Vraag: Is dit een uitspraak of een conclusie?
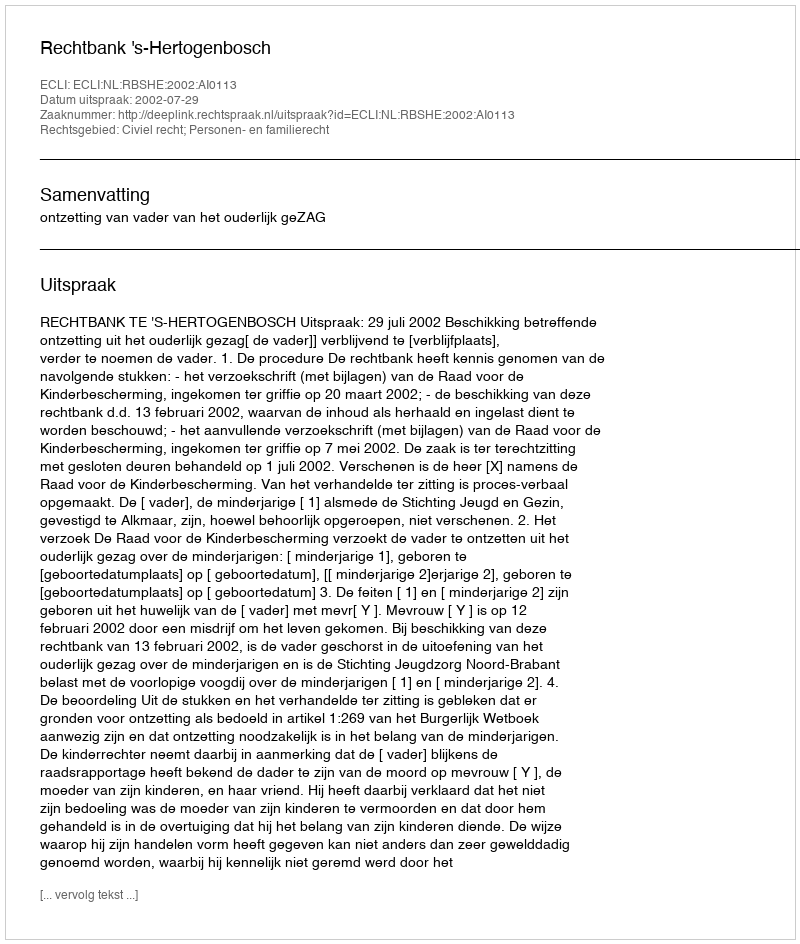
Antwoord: Uitspraak